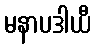
မနာပဒါယီ